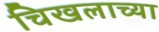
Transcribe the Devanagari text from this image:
चिखलाच्या